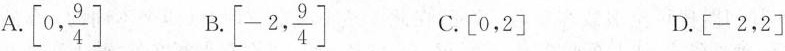
A.\left[0, \frac{9}{4}\right] B. \left[-2, \frac{9}{4}\right] C.\left [0，2\right] D.\left[-2，2\right]